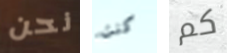
نحن كنت كم